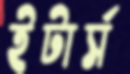
ইটার্স